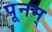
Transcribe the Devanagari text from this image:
पूनम्